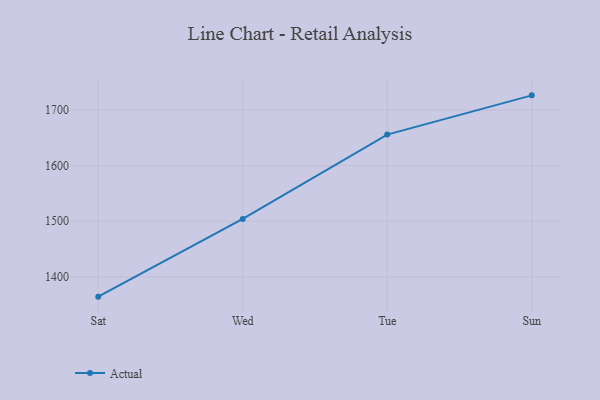
{"axis": {"x": "Day", "y": "Market Share (%)"}, "legend": ["Actual"], "data": [{"x": "Sat", "y": 1364.4, "type": "Actual"}, {"x": "Wed", "y": 1504.3, "type": "Actual"}, {"x": "Tue", "y": 1655.9, "type": "Actual"}, {"x": "Sun", "y": 1726.5, "type": "Actual"}]}